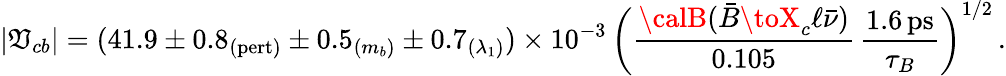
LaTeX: |\mathfrak{V}_{cb}|=(41.9\pm0.8_{(\mathrm{{pert)}}}\pm0.5_{(m_{b})}\pm0.7_{(\lambda_{1})})\times10^{-3}\, \bigg({\frac{{{\calB}(\bar{{B}}\toX_{c}\ell\bar{{\nu}})}}{{0.105}}}\, {\frac{{1.6\, \mathrm{{ps}}}}{{\tau_{B}}}}\bigg)^{1/2}\, .